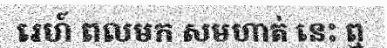
រេហ៍ ពលមក សមហាត់ នេះ ឮ